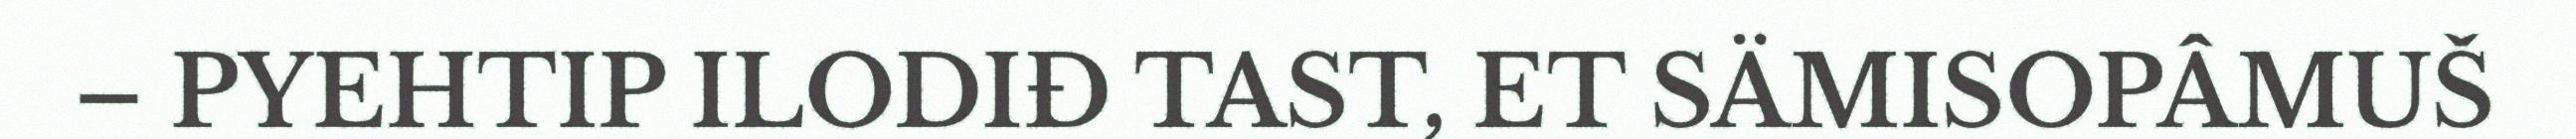
– PYEHTIP ILODIĐ TAST, ET SÄMISOPÂMUŠ